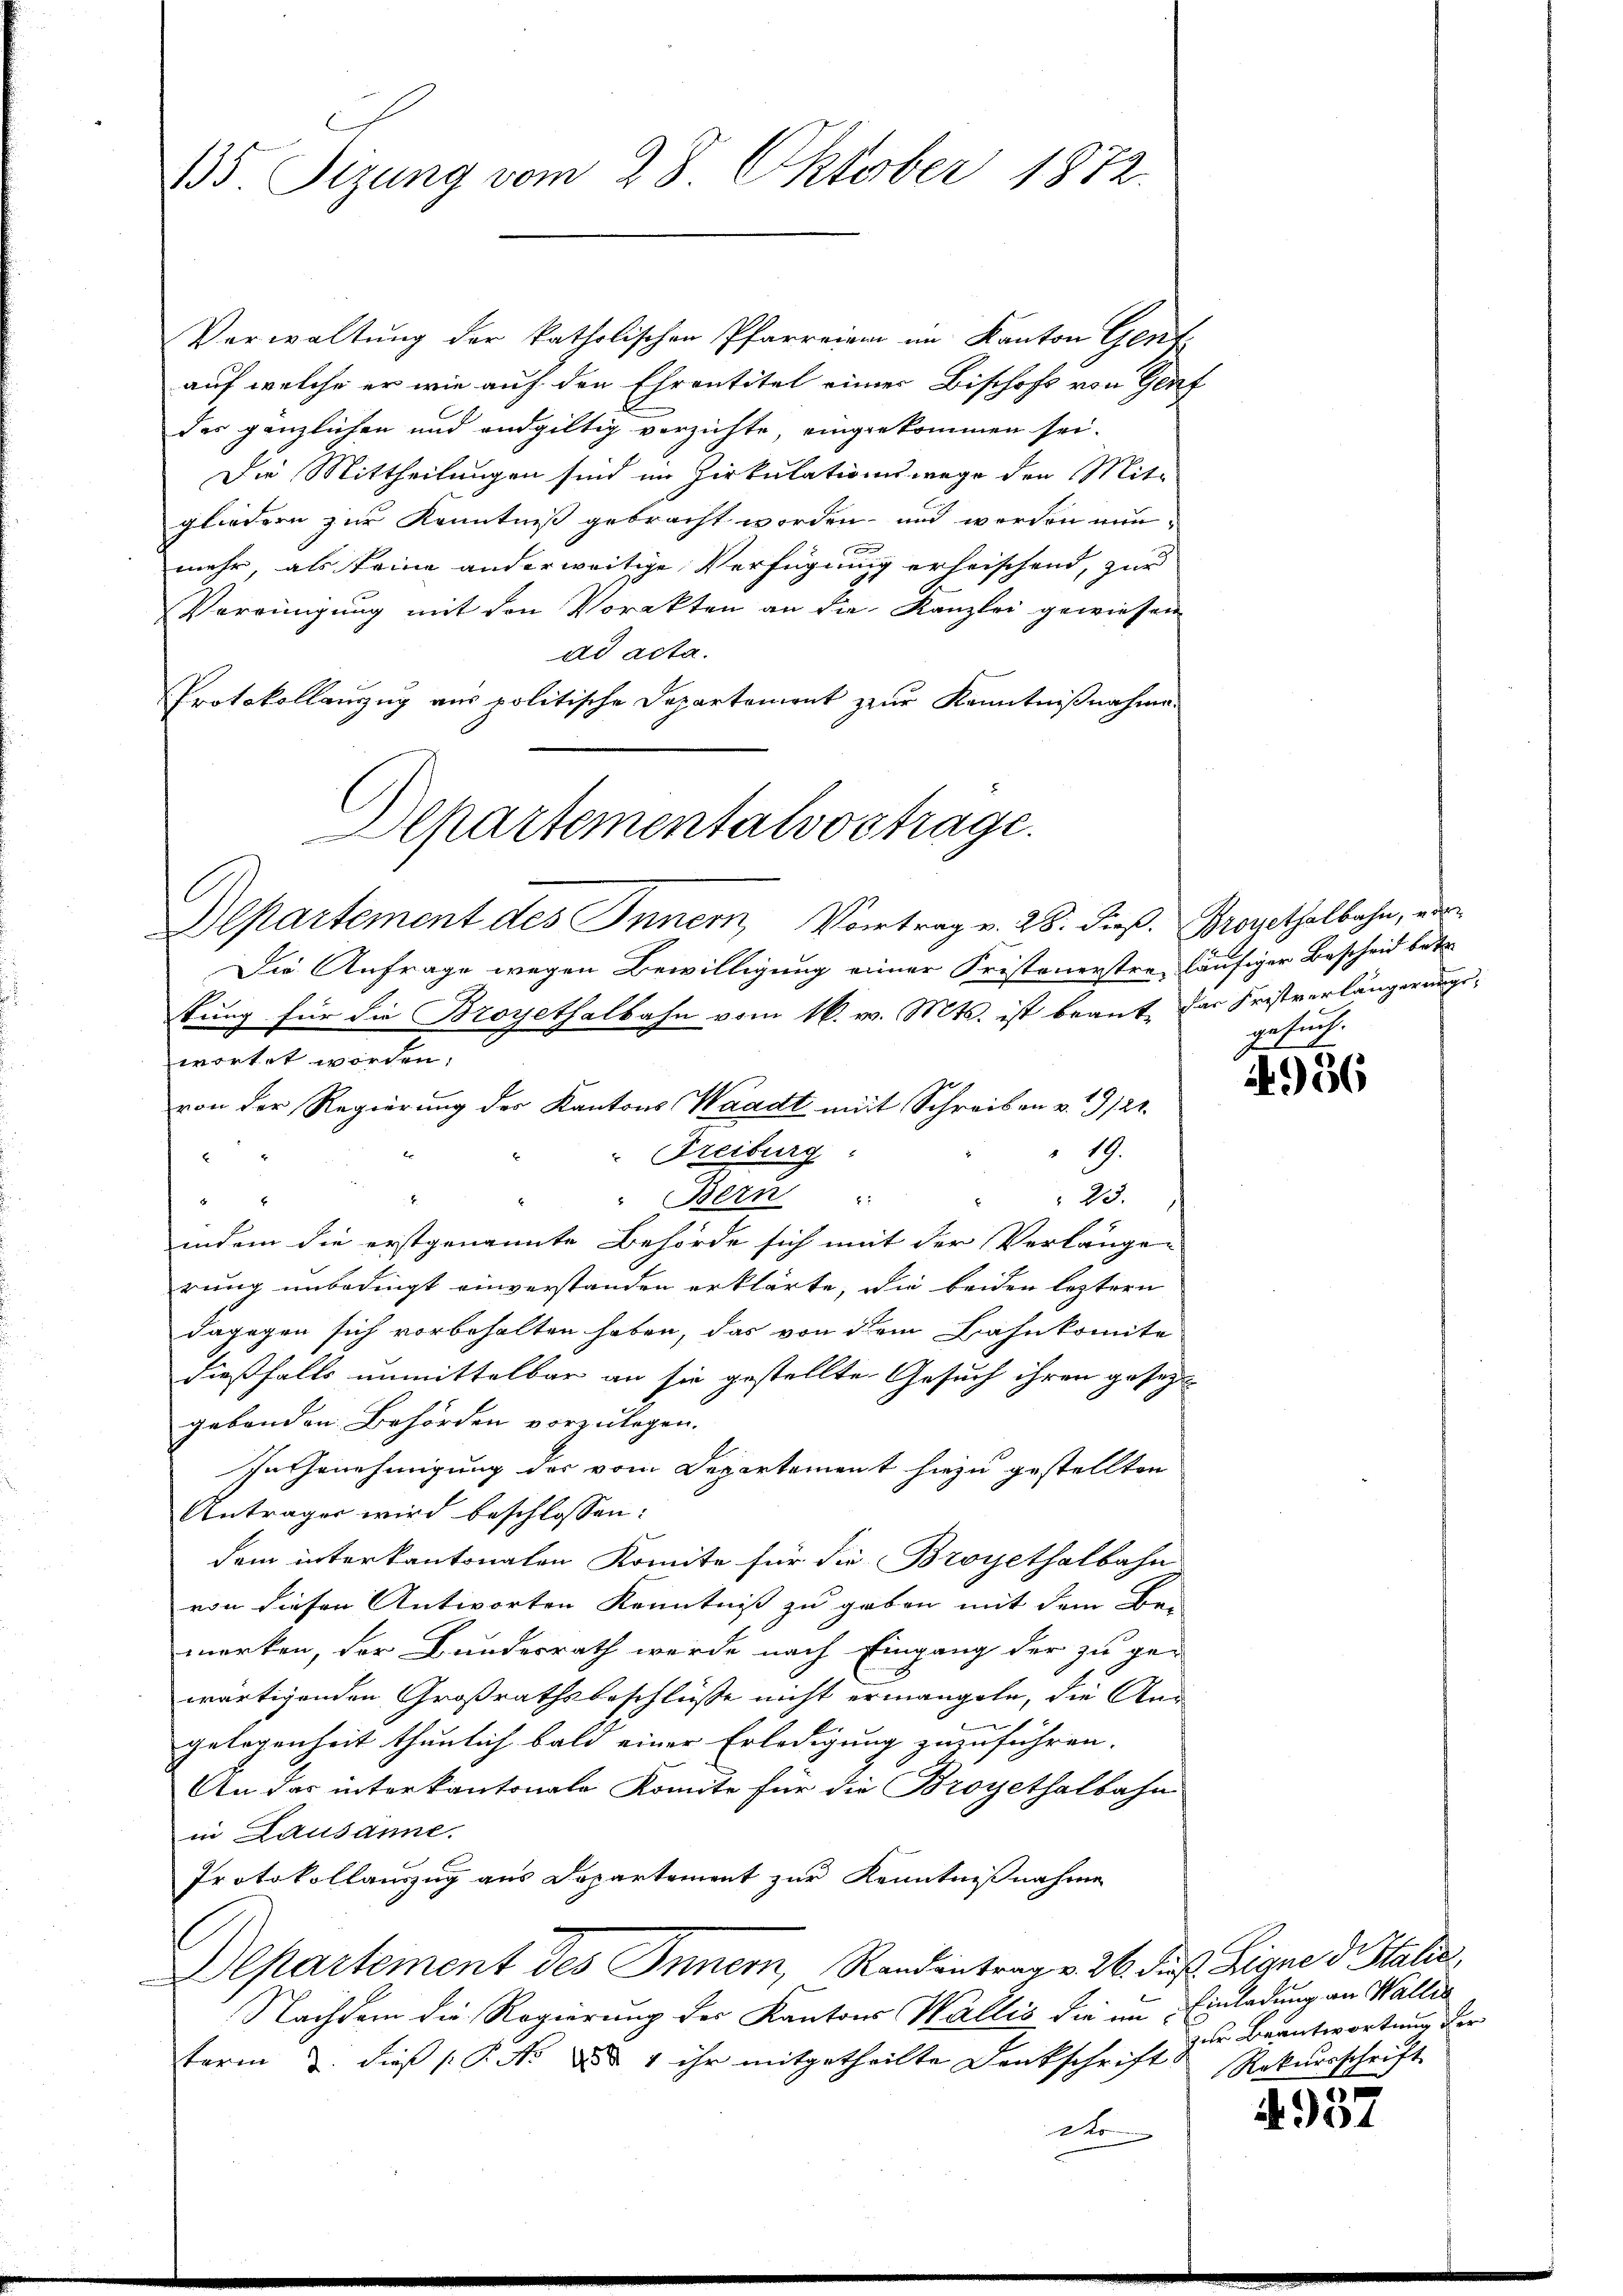
135. Sizung vom 28. Oktober 1872.

Verwaltung der katholischen Pfarreien im Kanton Gent
auf welche er wie auf den Ehrentitel einer Bischofs von Genf
des gänzlichen und endgültig verzichte, eingekommen sei.
Die Mittheilungen sind im Zirkulationswege den Mit-
gliedern zur Kenntniß gebracht worden, und werden nunx
mehr, als keine anderweitige Verfügung erheischend, zur
Vereinigung mit den Vorakten an die Kanzlei gewiesen
ad acta.
Protokollenzug aus politische Departement zur Kenntnißnahme
Die Anfrage wegen Bewilligung einer Fristeuerstre, läufiger Bescheid betr.
kung für die Broyethalbahn vom 16. v. Mts. ist beant, der Fristverlängerungswortet worden.
von der Regierung der Kantons Waadt mit Schreiben v. 1912.
19.
" Freiburg
23.
" Bern

indem die erstgenannte Behörde sich mit der Verlängen
rung unbedingt einverstanden erklärte, die beiden leztern
dagegen sich vorbehalten haben, das von dem Bahnkomite
dießfalls unmittelbar an sie gestellte Gesuch ihren gesezt
gebenden Behörden vorzulegen.
In Genehmigung des vom Departement hiezu gestellten
Anträger wird beschlossen:
dem interkantonalen Komite für die Broyethalbahn
von diesen Antworten Kenntniß zu geben mit dem Be-
merken, der Bundesrath werde nach Eingang der zu ge-
wärtigenden Großrathsbeschlüsse nicht ermangete, die Ans
gelegenheit thunlich bald einer Erledigung zuzuführen.
An das interkantonale Komite für die Broyethalbahn
in Lausanne.
Protokollauszug aus Departement zur Kenntnißnahme
Departement des Innern, Randantrag v. 26. Fuß Signe der Stalis,
Nachdem die Regierung der Kantons Wallis die im Einladung an Wallis
term 2. dieß P. No 2 § 4 ihr mitgetheilte Denkschrift Rekursschrift
do

Alpartementalvostrage.
Departement des Inner, Vortrag v. 28. dieß. Pogethalbahn, ei

gesuch.

4936

zur Beantwortung der

937